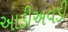
આડીઅવડી